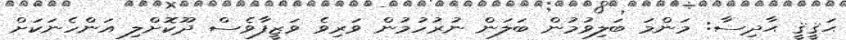
ޙަޤީޤީ ޙާދިސާ: މަންމަ ބަލިވުމުން ބަލަން ނުރުހުމުން ވަރިވެ ވަޒީފާވެސް ދޫކޮށްލި އަންހެނަކަށް